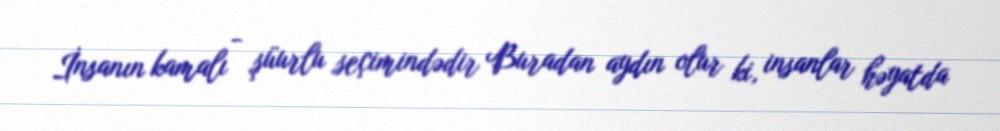
İnsanın kamalı - şüurlu seçimindədir Buradan aydın olur ki, insanlar həyatda